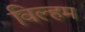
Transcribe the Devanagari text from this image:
विल्‍हम